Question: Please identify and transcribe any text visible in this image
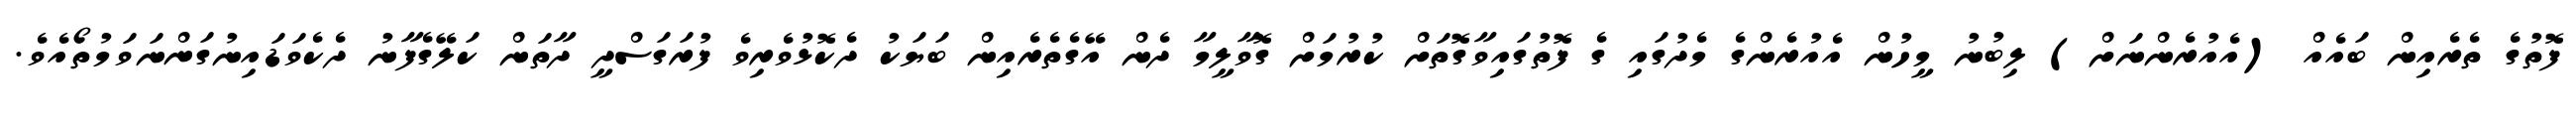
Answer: ފޮތުގެ ތެރެއިން ބައެއް (އެއުރެންނަށް) ލިބުނު މީހުން އެއުރެންގެ މެދުގައި ގެ ފޮތުގައިވާގޮތަށް ކުރުމަށް ގޮވާލީމާ ދެން އޭގެތެރެއިން ބަޔަކު ދެކޮޅުވެރިވެ ފުރަގަސްދީ ދާތަން ކަލޭގެފާނު ދެކެވަޑައިނުގަންނަވަމުތޯއެވެ.